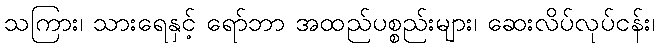
သကြား၊ သားရေနှင့် ရော်ဘာ အထည်ပစ္စည်းများ၊ ဆေးလိပ်လုပ်ငန်း၊